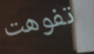
تفوهت